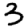
Digit: 3